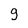
Character: 9